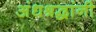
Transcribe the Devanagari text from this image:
अंधश्रद्धांनी